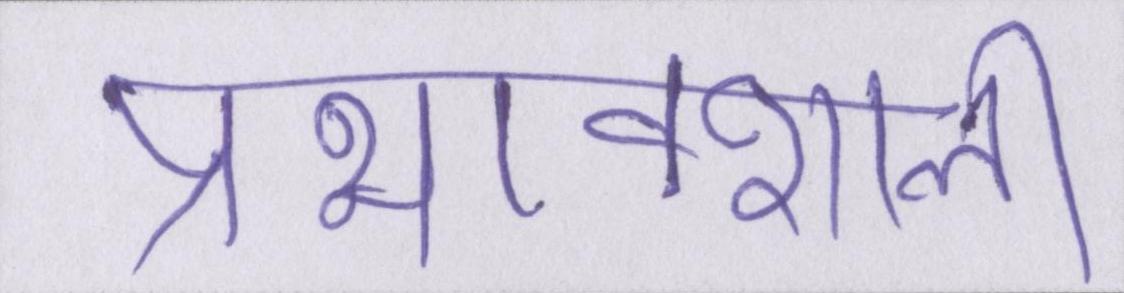
प्रभावशाली